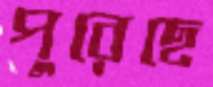
পুরেছে